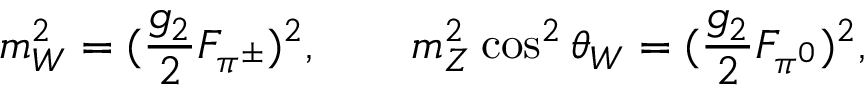
m _ { W } ^ { 2 } = ( { \frac { g _ { 2 } } { 2 } } F _ { \pi ^ { \pm } } ) ^ { 2 } , \qquad m _ { Z } ^ { 2 } \cos ^ { 2 } \theta _ { W } = ( { \frac { g _ { 2 } } { 2 } } F _ { \pi ^ { 0 } } ) ^ { 2 } ,